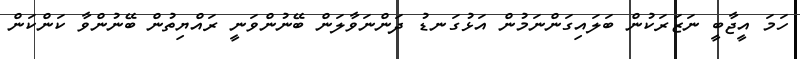
ހަމަ އީޖާބީ ނަޒަރަކުން ބަލައިގަންނަމުން އަޅުގަނޑު ދަންނަވާލަން ބޭނުންވަނީ ރައްޔިތުން ބޭނުންވާ ކަންކަން